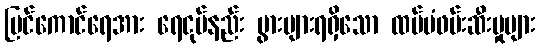
မြင်ကောင်ရေအား ရေငုပ်နည်း ပွားများရရှိသော ထပ်မံဖမ်းဆီးမှုများ